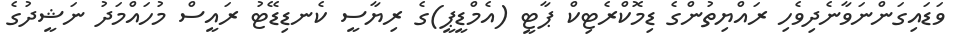
ވަޑައިގަންނަވާނެދިވެހި ރައްޔިތުންގެ ޑިމޮކްރެޓިކް ޕާޓީ (އެމްޑީޕީ)ގެ ރިޔާސީ ކެނޑިޑޭޓު ރައީސް މުހައްމަދު ނަޝީދުގެ